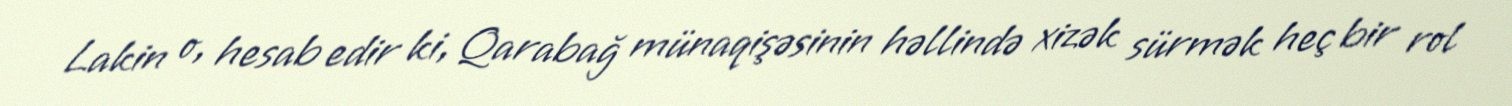
Lakin o, hesab edir ki, Qarabağ münaqişəsinin həllində xizək sürmək heç bir rol